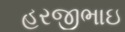
હરજીભાઇ